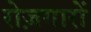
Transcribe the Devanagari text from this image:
रोज़गारों